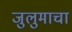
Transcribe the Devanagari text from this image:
जुलुमाचा